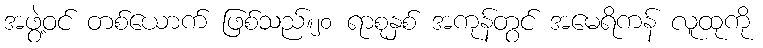
အဖွဲ့ဝင် တစ်ယောက် ဖြစ်သည်။၂၀ ရာစုနှစ် အကုန်တွင် အမေရိကန် လူထုကို